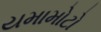
યમામોટો